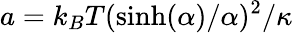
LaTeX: a=k_{B}T(\sinh(\alpha)/\alpha)^{2}/\kappa